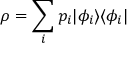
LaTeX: \rho = \sum _ { i } p _ { i } | \phi _ { i } \rangle \langle \phi _ { i } |